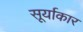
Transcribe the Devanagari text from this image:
सूर्याकार